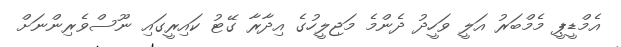
އެމްޑީޕީ މެމްބަރު އަލީ ވަހީދު ދެންމެ މަޖިލީހުގެ އިދާރާ ގޭޓު ކައިރީގައި ނޫސްވެރިންނަށް